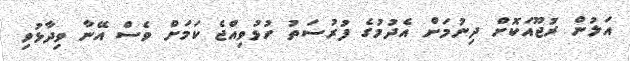
އަލުން ރުޖޫއަކޮށް ދިނުމަށް އެދުމުގެ ފުރުސަތު ހުޅުވިއްޖެ ކަމަށް ވެސް އޭނާ ވިދާޅުވި